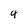
Character: 4